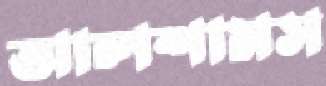
আলশামস